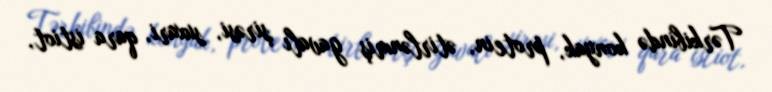
Tərkibində konyak, protein, ətirlənmiş gavalı şirəsi, suxari, qara istiot,